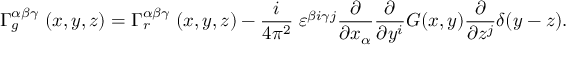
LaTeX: \Gamma _ { g } ^ { \alpha \beta \gamma } \; ( x , y , z ) = \Gamma _ { r } ^ { \alpha \beta \gamma } \; ( x , y , z ) - { \frac { i } { 4 \pi ^ { 2 } } } \; \varepsilon ^ { \beta i \gamma j } { \frac { \partial } { \partial x _ { \alpha } } } { \frac { \partial } { \partial y ^ { i } } } G ( x , y ) { \frac { \partial } { \partial z ^ { j } } } \delta ( y - z ) .